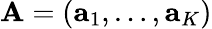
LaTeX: \mathbf{A}=(\mathbf{{a}}_{1},\dots,\mathbf{{a}}_{K})